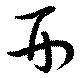
刑